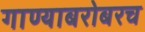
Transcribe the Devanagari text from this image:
गाण्याबरोबरच